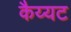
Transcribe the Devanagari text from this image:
कैय्यट